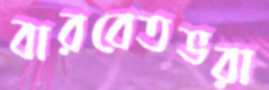
বারবেতভরা